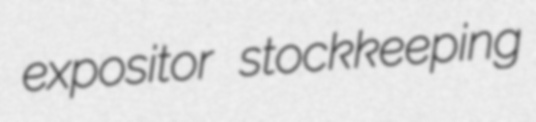
expositor stockkeeping